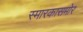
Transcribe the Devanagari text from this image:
स्मारकासमोर